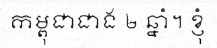
កម្ពុជាជាង ២ ឆ្នាំ។ ខ្ញុំ